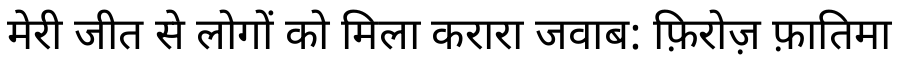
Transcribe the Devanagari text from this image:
मेरी जीत से लोगों को मिला करारा जवाब: फ़िरोज़ फ़ातिमा